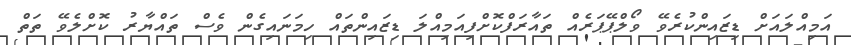
އަމިއްލައަށް ޑިޒައިންކުރެވޭ ވޯލްޕޭޕަރެއް ތައާރަފްކޮށްފިއަމިއްލަ ޑިޒައިންތައް ހިމަނައިގެން ވެސް ތައްޔާރު ކޮށްލެވޭ ތަތް